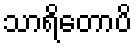
သာရိတောပိ